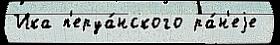
Ика п'еруа́нского ра́н'еjе